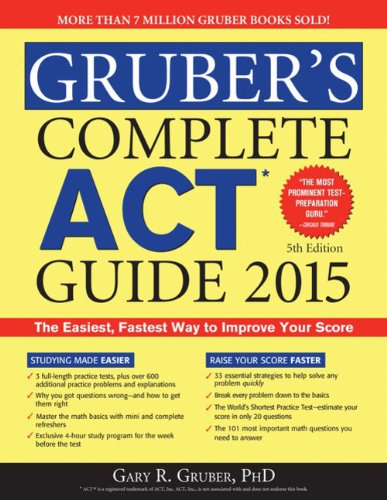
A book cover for Gruber's Complete ACT Guide 2015; Gary Gruber; Test Preparation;